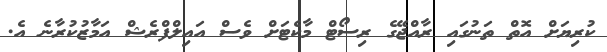
ކުރިޔަށް އޮތް ތަނުގައި ރާއްޖޭގެ ރިސޯޓް މާކެޓަށް ވެސް އައިލްފްރެޝް އަމާޒުކުރާނެ އެ.